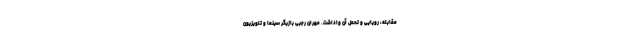
مقابله، رویایی و تحمل آن واداشت. مهران رجبی بازیگر سینما و تلویزیون